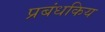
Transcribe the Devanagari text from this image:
प्रबंधकिय